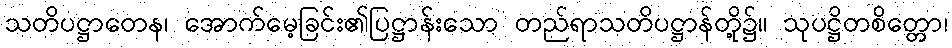
သတိပဋ္ဌာတေန၊ အောက်မေ့ခြင်း၏ပြဋ္ဌာန်းသော တည်ရာသတိပဋ္ဌာန်တို့၌။ သုပဋ္ဌိတစိတ္တော၊